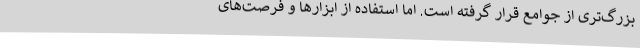
بزرگ‌تری از جوامع قرار گرفته است. اما استفاده از ابزارها و فرصت‌های